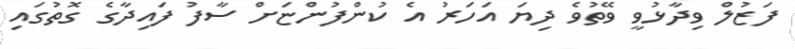
ފަޒުލް ވިދާޅުވީ ވޭތުވެ ދިޔަ އަހަރު އެ ކުންފުންޏަށް ސާފު ފައިދާގެ ގޮތުގައި